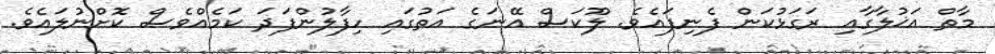
މާތް އަޚުލާގާއި ރަގަޅުކަން ފެނިފައެވެ. ލޫކަސް އޭނަގެ އަތުގައި ހިފާލުންފަދަ ކަމެއްވެސް ކޮށްނުލައެވެ.